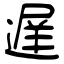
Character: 遅